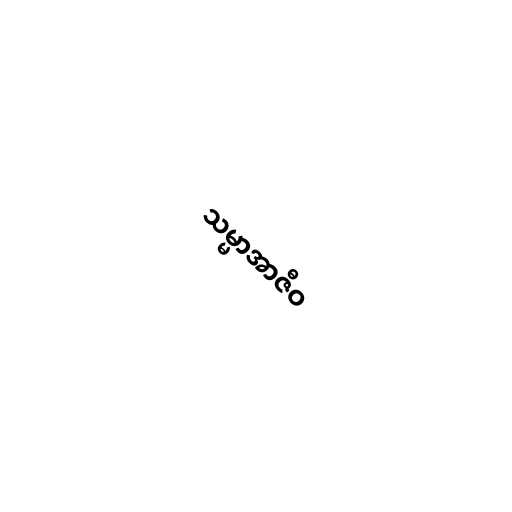
သမ္မာအာဇီဝ